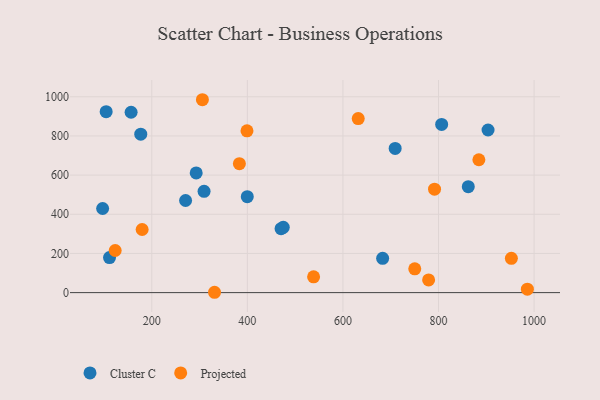
{"axis": {"x": "Engine Size", "y": "Salary"}, "legend": ["Cluster C", "Projected"], "data": [{"x": "176.9", "y": 809.0, "type": "Cluster C"}, {"x": "104.5", "y": 923.9, "type": "Cluster C"}, {"x": "470.5", "y": 326.2, "type": "Cluster C"}, {"x": "399.8", "y": 489.9, "type": "Cluster C"}, {"x": "156.7", "y": 921.0, "type": "Cluster C"}, {"x": "683.1", "y": 174.9, "type": "Cluster C"}, {"x": "309.4", "y": 517.0, "type": "Cluster C"}, {"x": "475.1", "y": 333.5, "type": "Cluster C"}, {"x": "903.7", "y": 830.2, "type": "Cluster C"}, {"x": "862.3", "y": 540.7, "type": "Cluster C"}, {"x": "292.9", "y": 611.2, "type": "Cluster C"}, {"x": "270.7", "y": 470.3, "type": "Cluster C"}, {"x": "709.3", "y": 736.1, "type": "Cluster C"}, {"x": "97.1", "y": 429.4, "type": "Cluster C"}, {"x": "806.6", "y": 858.7, "type": "Cluster C"}, {"x": "111.5", "y": 178.8, "type": "Cluster C"}, {"x": "383.3", "y": 658.3, "type": "Projected"}, {"x": "952.5", "y": 175.0, "type": "Projected"}, {"x": "399.2", "y": 826.3, "type": "Projected"}, {"x": "331.3", "y": 1.7, "type": "Projected"}, {"x": "779.3", "y": 65.0, "type": "Projected"}, {"x": "538.6", "y": 80.4, "type": "Projected"}, {"x": "884.5", "y": 678.3, "type": "Projected"}, {"x": "305.9", "y": 984.9, "type": "Projected"}, {"x": "791.7", "y": 528.1, "type": "Projected"}, {"x": "750.3", "y": 121.6, "type": "Projected"}, {"x": "179.8", "y": 322.2, "type": "Projected"}, {"x": "632.0", "y": 888.8, "type": "Projected"}, {"x": "986.0", "y": 17.7, "type": "Projected"}, {"x": "123.4", "y": 214.9, "type": "Projected"}]}